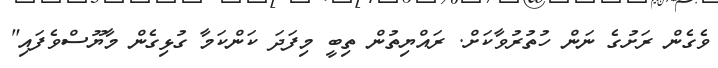
ވެގެން ރަށުގެ ނަން ހުތުރުވާކަށް. ރައްޔިތުން ތިބީ މިފަދަ ކަންކަމާ ގުޅިގެން މާޔޫސްވެފައި"